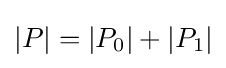
\left\vert P\right\vert =\left\vert P_{0}\right\vert +\left\vert P_{1}\right\vert